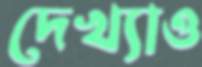
দেখ্যাও